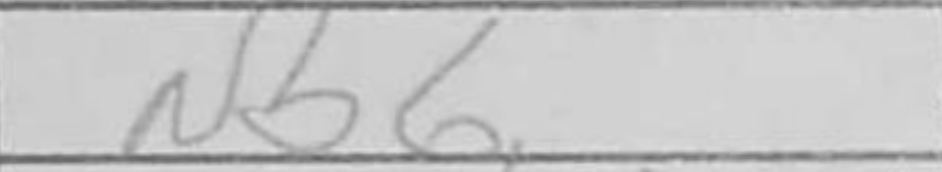
Transcription: Nb6